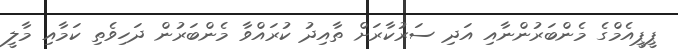
ޕީޕީއެމްގެ މެންބަރުންނާއި އަދި ސަރުކާރަށް ތާއިދު ކުރައްވާ މެންބަރުން ދަހިވެތި ކަމާއި މާލީ